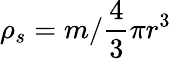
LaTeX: \rho_{s}=m/{\frac{4}{3}}\pi r^{3}